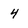
Character: 4